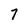
Character: 7